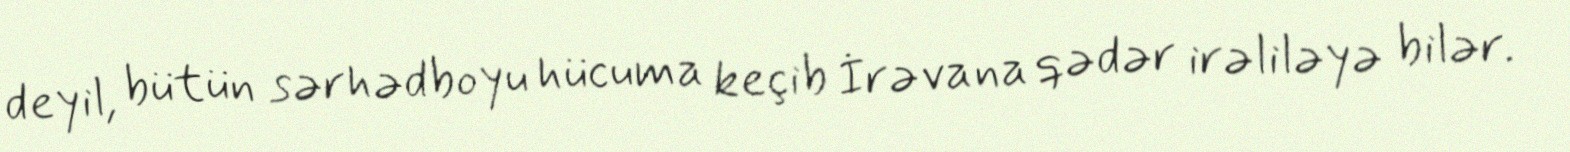
deyil, bütün sərhədboyu hücuma keçib İrəvana qədər irəliləyə bilər.